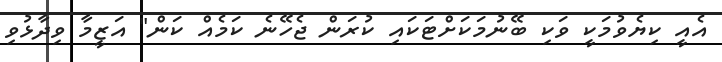
އެއީ ކިޔެވުމަކީ ވަކި ބޭނުމަކަށްޓަކައި ކުރަން ޖެހޭނެ ކަމެއް ކަން" އަޒީމާ ވިދާޅުވި